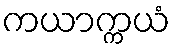
ကယာက္ကယံ